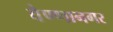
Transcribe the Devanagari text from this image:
वेण्णानगर